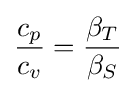
{\frac {c_{p}}{c_{v}}}={\frac {\beta _{T}}{\beta _{S}}}